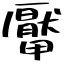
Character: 厴